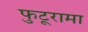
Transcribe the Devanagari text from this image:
फुटूरामा